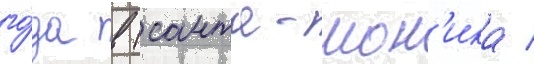
го́да в (санта-мон'ика /